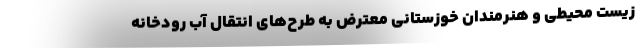
زیست محیطی و هنرمندان خوزستانی معترض به طرح‌های انتقال آب رودخانه